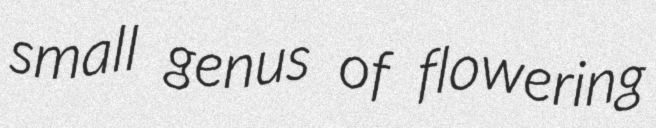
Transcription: small genus of flowering